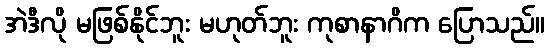
အဲဒီလို မဖြစ်နိုင်ဘူး မဟုတ်ဘူး ကုစာနာဂိက ပြောသည်။